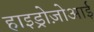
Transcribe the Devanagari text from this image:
हाइड्रोज़ोआई